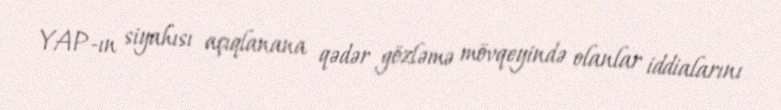
YAP-ın siyahısı açıqlanana qədər gözləmə mövqeyində olanlar iddialarını